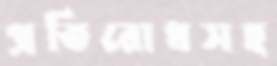
প্রতিরোধসহ